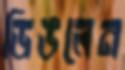
ডিঙলেন